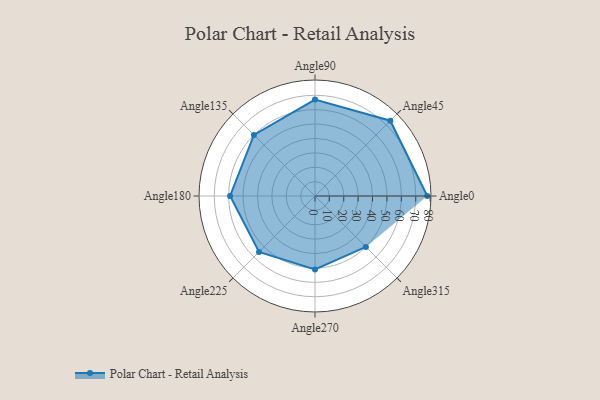
{"axis": {"x": "Angle", "y": "Radius"}, "legend": [""], "data": [{"x": "Angle0", "y": 78.0, "type": ""}, {"x": "Angle45", "y": 74.0, "type": ""}, {"x": "Angle90", "y": 67.0, "type": ""}, {"x": "Angle135", "y": 60.0, "type": ""}, {"x": "Angle180", "y": 59.0, "type": ""}, {"x": "Angle225", "y": 55.0, "type": ""}, {"x": "Angle270", "y": 51.0, "type": ""}, {"x": "Angle315", "y": 50, "type": ""}]}